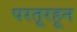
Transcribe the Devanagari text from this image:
परतूरहून